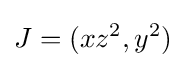
J=(xz^{2},y^{2})